Calcutta medical institutions reports 1871-78
Year: 1871
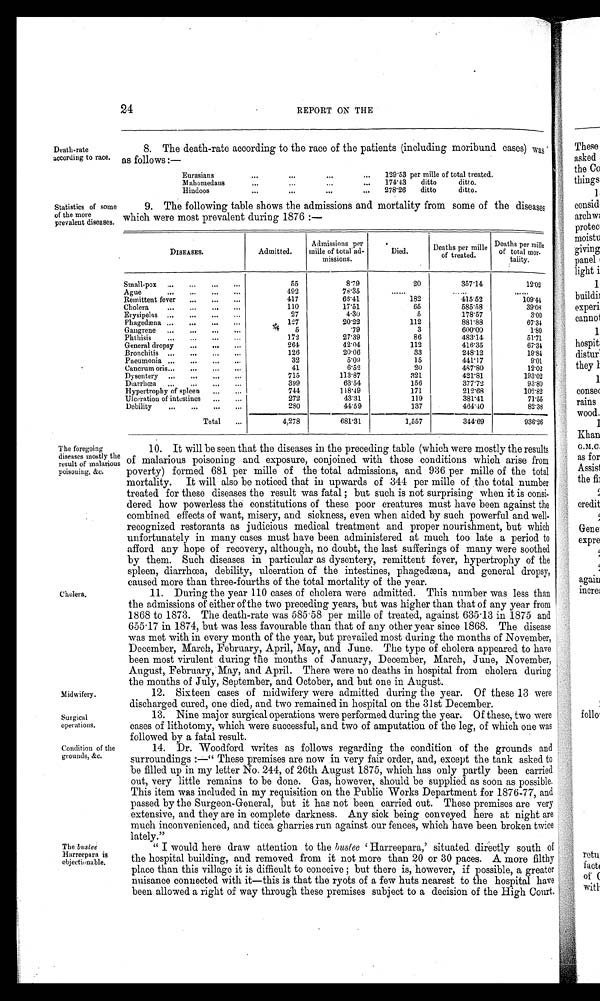
Midwifery.
Surgical
operations.
Condition of the
grounds, &c.
Death-rate
according to race.
24
REPORT ON THE
8. The death-rate according to the race of the patients (including moribund cases) was
as follows:—
Eurasians
...
...
...
...
129·53 per mille of total treated.
Mahomedans
. . .
. . .
. . .
. . .
174·43
ditto
ditto.
Hindoos
. . .
...
...
...
278·26
ditto
ditto.
Statistics of some
of the more
prevalent diseases.
9. The following table shows the admissions and mortality from some of the diseases
which were most prevalent during 1876:—
DISEASES.
Admitted.
Admissions per
mille of total ad-
missions.
Died.
Deaths per mille o f t r e a t e d .
Deaths per mille
of total mor-
tality.
Small-pox ...
...
...
. . .
55
8·79
20
357·14
12·02
Ague
...
...
...
...
492
78·35
......
. . . . . .
. . . . . .
Remittent fever
...
...
...
417
63·41
182
415·52
109·44
Cholera
...
...
...
...
110
17·51
65
585·58
39·03
Erysipelas ...
...
...
...
27
4·30
5
178·57
3·00
Phagedæna ...
...
...
. . .
127
20·22
112
881·88
67·34
Gangrene ...
...
...
...
5
·79
3
600·00
1·80
Phthisis
...
...
...
...
172
27·39
86
483·14
51·71
General dropsy
...
...
...
264
42·04
112
416·35
67·34
Bronchitis ...
...
...
...
126
20·06
33
248·12
19·84
Pneumonia ...
...
...
...
32
5·09
15
441·17
9·01
Cancrum oris...
...
...
...
41
6·52
20
487·80
12·02
Dysentery ...
...
...
...
715
113·87
321
421·81
193·02
Diarrhœa
...
... . . .
. . .
399
63·54
156
377·72
93·80
Hypertrophy of spleen ... ...
744
118·49
171
212·68
102·82
Ulceration of intestines
...
...
272
43·31
119
381·41
71·55
Debility
...
...
...
...
280
44·59
137
464·40
82·38
Total
. . .
4,278
681·31
1,557
344·69
936·26
The foregoing
diseases mostly the
result of malarious
poisoning, &c.
Cholera.
The bustee
Harreepara is
objectionable.
10. It will be seen that the diseases in the preceding table (which were mostly the results
of malarious poisoning and exposure, conjoined with those conditions which arise from
poverty) formed 681 per mille of the total admissions, and 936 per mille of the total
mortality. It will also be noticed that in upwards of 344 per mille of the total number
treated for these diseases the result was fatal; but such is not surprising when it is consi-
dered how powerless the constitutions of these poor creatures must have been against the
combined effects of want, misery, and sickness, even when aided by such powerful and well-
recognized restorants as judicious medical treatment and proper nourishment, but which
unfortunately in many cases must have been administered at much too late a period to
afford any hope of recovery, although, no doubt, the last sufferings of many were soothed
by them. Such diseases in particular as dysentery, remittent fever, hypertrophy of the
spleen, diarrhœa, debility, ulceration of the intestines, phagedæna, and general dropsy,
caused more than three-fourths of the total mortality of the year.
11. During the year 110 cases of cholera were admitted. This number was less than
the admissions of either of the two preceding years, but was higher than that of any year from
1868 to 1873. The death-rate was 585 . 58 per mille of treated, against 635·13 in 1875 and
655·17 in 1874, but was less favourable than that of any other year since 1868. The disease
was met with in every month of the year, but prevailed most during the months of November,
December, March, February, April, May, and June. The type of cholera appeared to have
been most virulent during the months of January, December, March, June, November,
August, February, May, and April. There were no deaths in hospital from cholera during
the months of July, September, and October, and but one in August.
12. Sixteen cases of midwifery were admitted during the year. Of these 13 were
discharged cured, one died, and two remained
in hospital on the 31st December.
13. Nine major surgical operations were performed during the year. Of these, two were
cases of lithotomy, which were successful, and two of amputation of the leg, of which one was
followed by a fatal result.
14. Dr. Woodford writes as follows regarding the condition of the grounds and
surroundings:—"These premises are now in very fair order, and, except the tank asked to
be filled up in my letter No. 244, of 26th August 1875, which has only partly been carried
out, very little remains to be done. Gas, however, should be supplied as soon as possible.
This item was included in my requisition on the Public Works Department for 1876-77, and
passed by the Surgeon-General, but it has not been carried out. These premises are very
extensive, and they are in complete darkness. Any sick being conveyed here at night are
much inconvenienced, and ticca gharries run against our fences, which have been broken twice
l a t e l y . "
"
I would here draw attention to the bustee 'Harreepara,'
situated directly south of
the hospital building, and removed from it not more than 20 or 30 paces. A more filthy
place than this village it is difficult to conceive; but there is, however, if possible, a greater
nuisance connected with it—this is that the ryots of a few huts nearest to the hospital have
been allowed a right of way through these premises subject to a decision of the High Court.